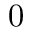
0